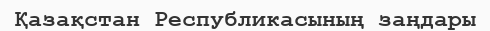
Қазақстан Республикасының заңдары